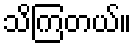
သိကြတယ်။